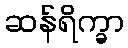
ဆန်ရိက္ခာ